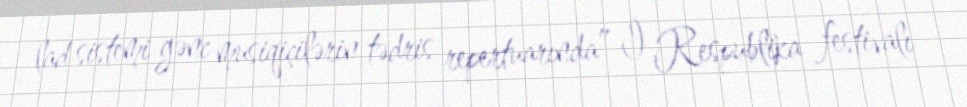
lad sistemi gənc musiqiçilərin tədris repertuarında” I Respublika festivalı